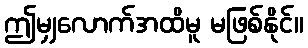
ဤမျှလောက်အထိမူ မဖြစ်နိုင်။